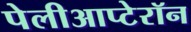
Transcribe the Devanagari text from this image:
पेलीआप्टेरॉन